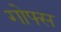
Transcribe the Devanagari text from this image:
गोफ्स